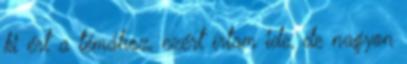
ki ért a témához, ezért írtam ide, de nagyon